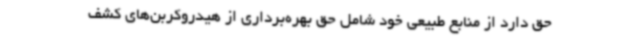
حق دارد از منابع طبیعی خود شامل حق بهره‌برداری از هیدروکربن‌های کشف